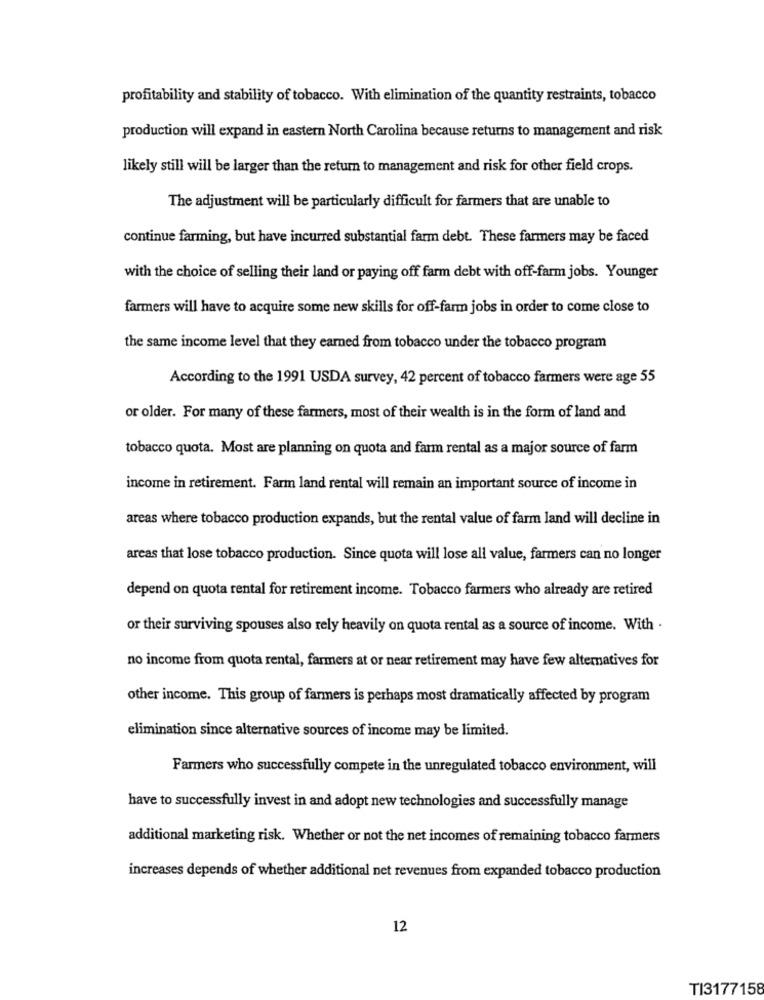
profitability and stability of tobacco. With elimination of the quantity restraints, tobacco
production will expand in eastern North Carolina because returns to management and risk
likely still will be larger than the return to management and risk for other field crops.
The adjustment will be particularly difficult for farmers that are unable to
continue farming, but have incurred substantial farm debt. These farmers may be faced
with the choice of selling their land or paying off farm debt with off-farm jobs. Younger
farmers will have to acquire some new skills for off-farm jobs in order to come close to
the same income level that they earned from tobacco under the tobacco program
According to the 1991 USDA survey, 42 percent of tobacco farmers were age 55
or older. For many of these farmers, most of their wealth is in the form of land and
tobacco quota. Most are planning on quota and farm rental as a major source of farm
income in retirement. Farm land rental will remain an important source of income in
areas where tobacco production expands, but the rental value of farm land will decline in
areas that lose tobacco production. Since quota will lose all value, farmers can no longer
depend on quota rental for retirement income. Tobacco farmers who already are retired
or their surviving spouses also rely heavily on quota rental as a source of income. With .
no income from quota rental, farmers at or near retirement may have few alternatives for
other income. This group of farmers is perhaps most dramatically affected by program
elimination since alternative sources of income may be limited.
Farmers who successfully compete in the unregulated tobacco environment, will
have to successfully invest in and adopt new technologies and successfully manage
additional marketing risk. Whether or not the net incomes of remaining tobacco farmers
increases depends of whether additional net revenues from expanded tobacco production
12
TI3177158